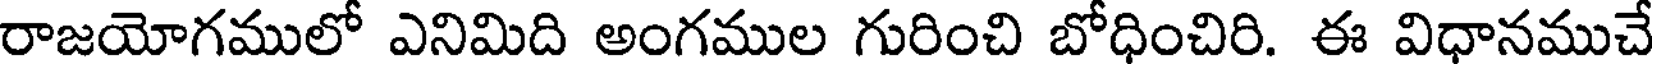
రాజయోగములో ఎనిమిది అంగముల గురించి బోధించిరి. ఈ విధానముచే